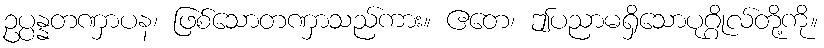
ဥပ္ပန္နတဏှာပန၊ ဖြစ်သောတဏှာသည်ကား။ ဧတေ၊ ဤပညာမရှိသောပုဂ္ဂိုလ်တို့ကို။